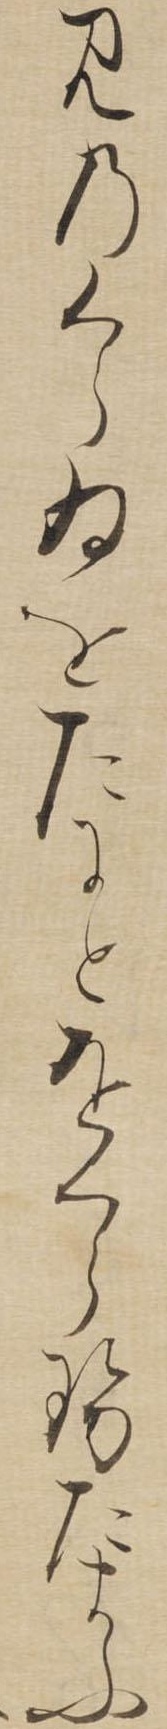
みのくらゐをたにとをくらせたまふ